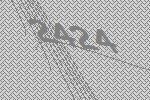
2424